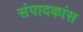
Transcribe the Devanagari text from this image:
संपादकांस